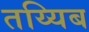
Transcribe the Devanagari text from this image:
तय्यिब